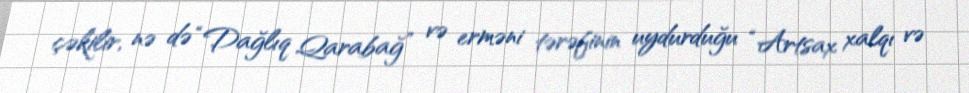
çəkilir, nə də “Dağlıq Qarabağ” və erməni tərəfinin uydurduğu “Artsax xalqı və